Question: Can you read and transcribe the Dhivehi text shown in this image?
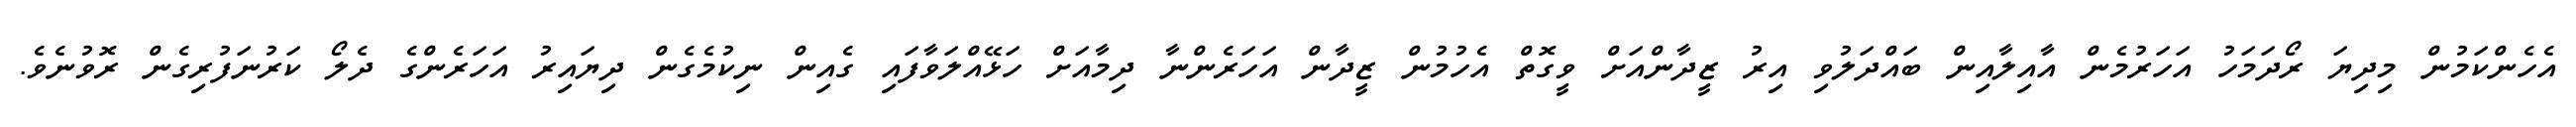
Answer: އެހެންކަމުން މިދިޔަ ރޯދަމަހު އަހަރުމެން އާއިލާއިން ބައްދަލުވި އިރު ޒީދާންއަށް ވީގޮތް އެހުމުން ޒީދާން އަހަރެންނާ ދިމާއަށް ހަޅޭއްލަވާފައި ގެއިން ނިކުމެގެން ދިޔައިރު އަހަރެންގެ ދެލޯ ކަރުނަފުރިގެން ރޮވުނެވެ.